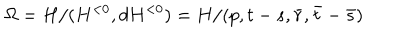
\Omega = H / ( H ^ { < 0 } , d H ^ { < 0 } ) = H / ( p , t - s , \bar { r } , \bar { t } - \bar { s } )